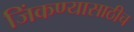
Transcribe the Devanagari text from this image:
जिंकण्यासाठीच